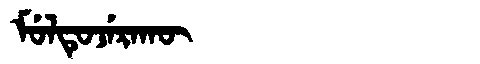
Manchu: ᠮᡠᠯᡨᡠᠵᡝᡵᠠᡴᡡ
Romanization: MULTUJERAKŪ